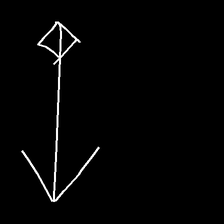
Glyph: focus